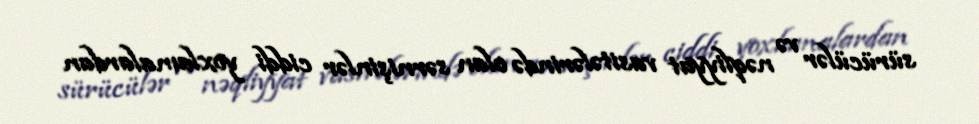
sürücülər və nəqliyyat vasitələrində olan sərnişinlər ciddi yoxlamalardan